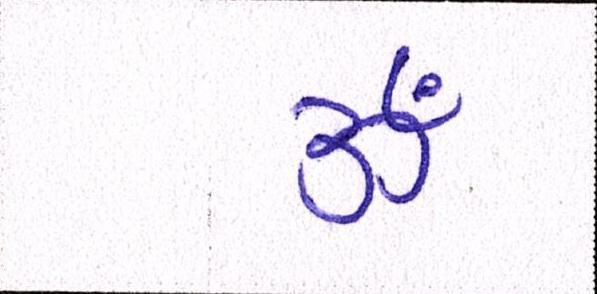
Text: ૐ